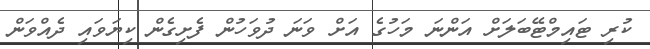
ކުރި ޓައިމްޓޭބަލަށް އަންނަ މަހުގެ އަށް ވަނަ ދުވަހުން ފެށިގެން ކިޔަވައި ދެއްވަން